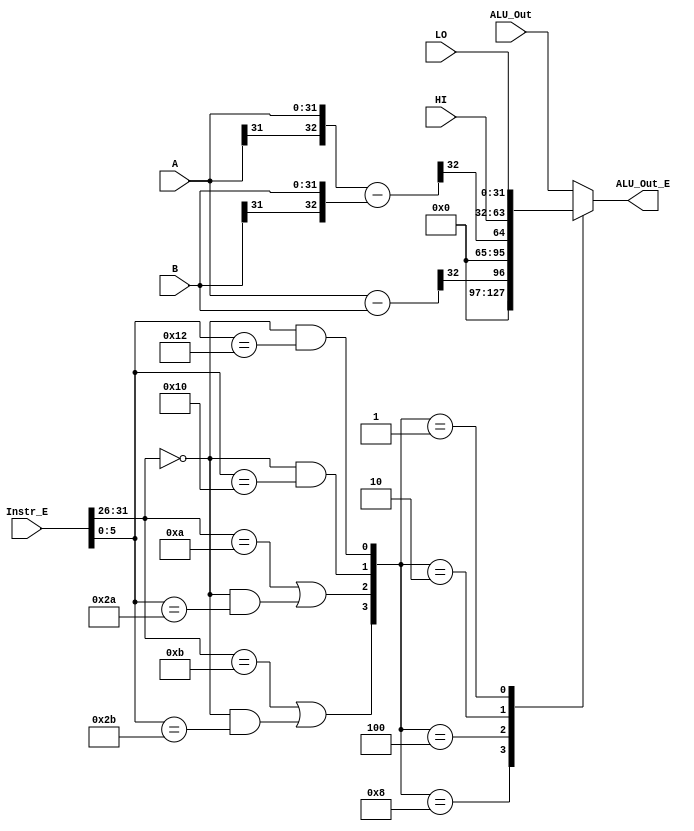
`timescale 1ns / 1ps
//////////////////////////////////////////////////////////////////////////////////
// Company: 
// Engineer: 
// 
// Design Name: 
// Module Name:    comms 
// Project Name: 
// Target Devices: 
// Tool versions: 
// Description: 
//
// Dependencies: 
//
// Revision: 
// Revision 0.01 - File Created
// Additional Comments: 
//
//////////////////////////////////////////////////////////////////////////////////
module comms(
    input [31:0] Instr_E, 
    input [31:0] A, B, ALU_Out, HI, LO,
    output reg [31:0] ALU_Out_E
    );
	 
	 wire [5:0]  Op, Func;
	 wire [31:0] Sub;
	 wire C_Signed, C_Unsigned;
	 wire sltu, slt, mfhi, mflo; 
	 wire [3:0] ctrl;
	 
	 assign Op 	 = Instr_E[31:26];
	 assign Func = Instr_E[5:0];
	 
	 assign ctrl = {sltu, slt, mfhi, mflo};
	 assign slt  = (Op == 6'b001010) | (Op == 6'b000000 & Func == 6'b101010);	// sign select
	 assign sltu = (Op == 6'b001011) | (Op == 6'b000000 & Func == 6'b101011);	// no sign select
	 assign mfhi = (Op == 6'b000000 & Func == 6'b010000);								// mfhi
	 assign mflo = (Op == 6'b000000 & Func == 6'b010010);								// mflo
	 
	 
	 assign {C_Signed, Sub}   = {A[31], A} - {B[31], B};
	 assign {C_Unsigned, Sub} = {1'b0, A} - {1'b0, B};
	 
	always @(*) begin
			case(ctrl)
			 4'b1000 : ALU_Out_E = {31'b0,C_Unsigned};//sltu
			 4'b0100 : ALU_Out_E = {31'b0,C_Signed};  //slt
			 4'b0010 : ALU_Out_E = HI;						//mfhi
			 4'b0001 : ALU_Out_E = LO;						//mflo
			 default : ALU_Out_E = ALU_Out;
			endcase
	end
endmodule